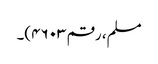
مسلم، رقم ۴۶۰۳)۔